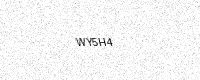
Text: WY5H4